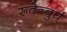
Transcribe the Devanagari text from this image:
रूदेन्बुर्घ्